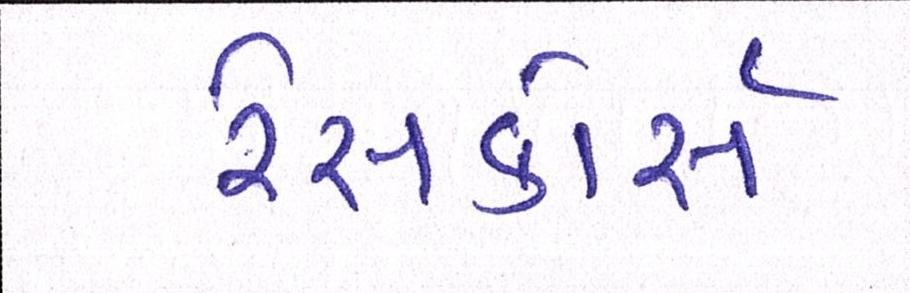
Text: રેસકોર્સ